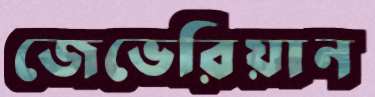
জেভেরিয়ান